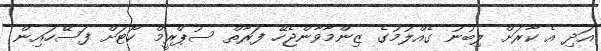
އަދި އެ ކާރަށް ލިބުނު ގެއްލުމުގެ ޒިންމާވާންޖެހޭ ފަރާތް ސުޕްރީމް ކޯޓަށް ފަސޭހައިން